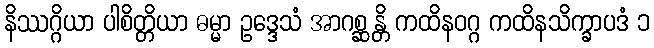
နိဿဂ္ဂိယာ ပါစိတ္တိယာ ဓမ္မာ ဥဒ္ဒေသံ အာဂစ္ဆန္တိ ကထိနဝဂ္ဂ ကထိနသိက္ခာပဒံ ၁